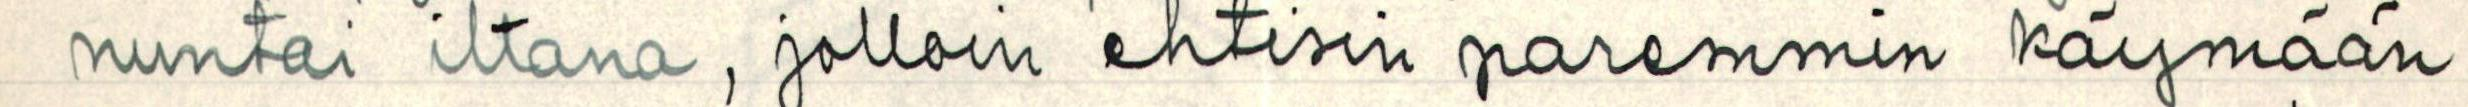
nuntai iltana, jolloin ehtisin paremmin käymään